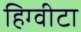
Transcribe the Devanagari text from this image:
हिग्वीटा